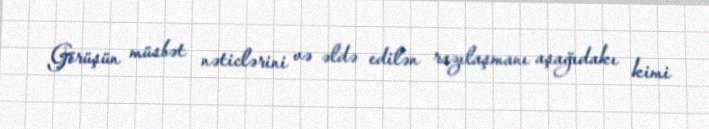
Görüşün müsbət nəticlərini və əldə edilən razılaşmanı aşağıdakı kimi